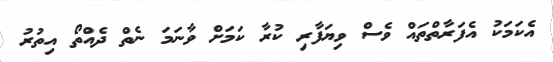
އެކަމަކު އެފަރާތްތައް ވެސް ވިޔަފާރި ކުރާ ކަމަށް ވާނަމަ ނެތް ދެއްތޯ އިތުރު